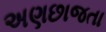
અણછાજતા